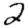
Digit: 2